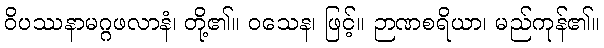
ဝိပဿနာမဂ္ဂဖလာနံ၊ တို့၏။ ဝသေန၊ ဖြင့်။ ဉာဏစရိယာ၊ မည်ကုန်၏။